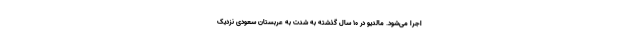
اجرا می‌شود. مالدیو در ۱۰ سال گذشته به شدت به عربستان سعودی نزدیک